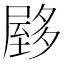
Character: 𰎃